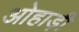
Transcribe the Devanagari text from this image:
ओहाड़ी